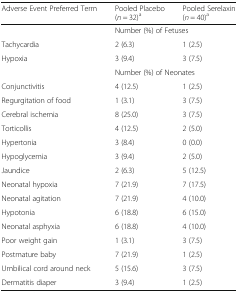
<table><thead><tr><td><b>Adverse Event Preferred Term</b></td><td><b>Pooled Placebo (<i>n</i> = 32)<sup>a</sup></b></td><td><b>Pooled Serelaxin (<i>n</i> = 40)<sup>a</sup></b></td></tr></thead><tbody><tr><td></td><td colspan="2">Number (%) of Fetuses</td></tr><tr><td>Tachycardia</td><td>2 (6.3)</td><td>1 (2.5)</td></tr><tr><td>Hypoxia</td><td>3 (9.4)</td><td>3 (7.5)</td></tr><tr><td></td><td colspan="2">Number (%) of Neonates</td></tr><tr><td>Conjunctivitis</td><td>4 (12.5)</td><td>1 (2.5)</td></tr><tr><td>Regurgitation of food</td><td>1 (3.1)</td><td>3 (7.5)</td></tr><tr><td>Cerebral ischemia</td><td>8 (25.0)</td><td>3 (7.5)</td></tr><tr><td>Torticollis</td><td>4 (12.5)</td><td>2 (5.0)</td></tr><tr><td>Hypertonia</td><td>3 (8.4)</td><td>0 (0.0)</td></tr><tr><td>Hypoglycemia</td><td>3 (9.4)</td><td>2 (5.0)</td></tr><tr><td>Jaundice</td><td>2 (6.3)</td><td>5 (12.5)</td></tr><tr><td>Neonatal hypoxia</td><td>7 (21.9)</td><td>7 (17.5)</td></tr><tr><td>Neonatal agitation</td><td>7 (21.9)</td><td>4 (10.0)</td></tr><tr><td>Hypotonia</td><td>6 (18.8)</td><td>6 (15.0)</td></tr><tr><td>Neonatal asphyxia</td><td>6 (18.8)</td><td>4 (10.0)</td></tr><tr><td>Poor weight gain</td><td>1 (3.1)</td><td>3 (7.5)</td></tr><tr><td>Postmature baby</td><td>7 (21.9)</td><td>1 (2.5)</td></tr><tr><td>Umbilical cord around neck</td><td>5 (15.6)</td><td>3 (7.5)</td></tr><tr><td>Dermatitis diaper</td><td>3 (9.4)</td><td>1 (2.5)</td></tr></tbody></table>